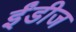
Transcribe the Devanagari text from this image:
ईंडीज